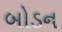
બોડન